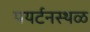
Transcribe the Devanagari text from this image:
पयर्टनस्थळ